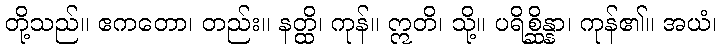
တို့သည်။ ဧကတော၊ တည်း။ နတ္ထိ၊ ကုန်။ ဣတိ၊ သို့။ ပရိစ္ဆိန္နာ၊ ကုန်၏။ အယံ၊